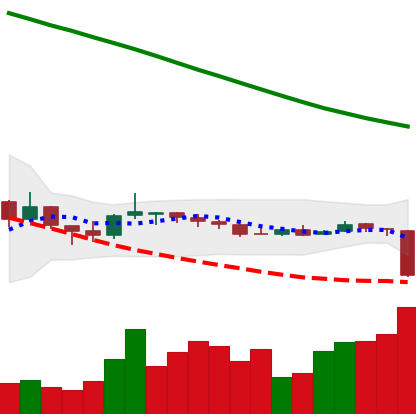
Ticker: NEO-USD
Chart end date: 2018-10-11
Forward return: 5.754%
Label: up_5_7